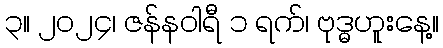
၃။ ၂၀၂၄၊ ဇန်နဝါရီ ၁ ရက်၊ ဗုဒ္ဓဟူးနေ့။